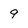
Character: 9